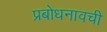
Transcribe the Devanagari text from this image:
प्रबोधनावची